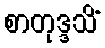
စာတုဒ္ဒသိံ